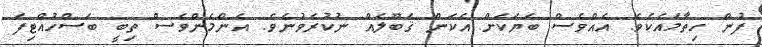
ފުން ހިތާމައެކެވެ. އެއްވެސް ބަޔަކަށް އެކަން ޤަބޫލެއް ނުކުރެވުނެވެ. އެންމެންވެސް ތިބީ ބަސްހުއްޓިފަ